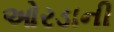
ઓરડાની